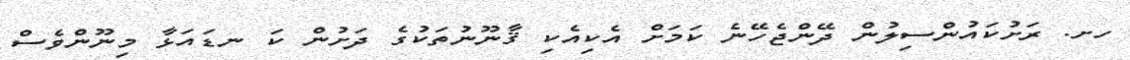
ހށ. ރަށުކައުންސިލުން ދޭންޖެހޭނެ ކަމަށް އެކިއެކި ޤާނޫނުތަކުގެ ދަށުން ކަ ނޑައަޅާ މިނޫންވެސް